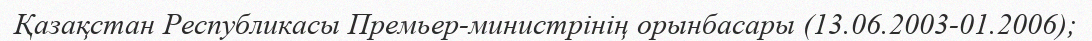
Қазақстан Республикасы Премьер-министрінің орынбасары (13.06.2003-01.2006);